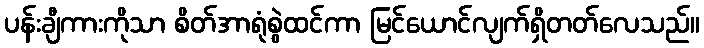
ပန်းချီကားကိုသာ စိတ်အာရုံစွဲထင်ကာ မြင်ယောင်လျက်ရှိတတ်လေသည်။